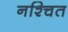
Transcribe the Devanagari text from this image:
नश्चित